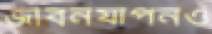
জীবনযাপনও